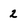
Character: 2